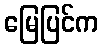
မြေပြင်က